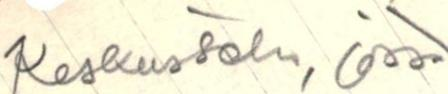
Keskustelu, jossa